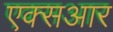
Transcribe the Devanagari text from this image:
एक्सआर